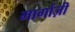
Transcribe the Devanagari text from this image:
मार्गाज़ी